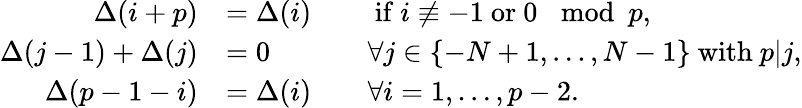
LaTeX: \begin{array}{rlrl}{\Delta({i+p})}&{=\Delta(i)}&&{\mathrm{~if~}i\not\equiv-1\mathrm{~or~}0\mod p,}\\ {\Delta({j-1})+\Delta({j})}&{=0}&&{\forall j\in\{ -N+1,\ldots,N-1\} \mathrm{~with~}p|j,}\\ {\Delta({p-1-i})}&{=\Delta(i)}&&{\forall i=1,\dots,p-2.}\end{array}